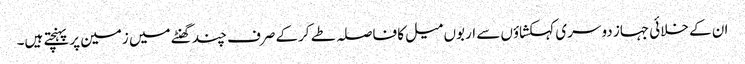
ان کے خلائی جہاز دوسری کہکشاؤں سے اربوں میل کا فاصلہ طے کرکے صرف چند گھنٹے میں زمین پر پہنچتے ہیں۔